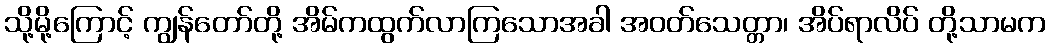
သို့မို့ကြောင့် ကျွန်တော်တို့ အိမ်ကထွက်လာကြသောအခါ အဝတ်သေတ္တာ၊ အိပ်ရာလိပ် တို့သာမက